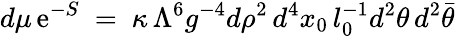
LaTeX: d\mu\, \mathrm{e}^{-S}~=~\kappa\, \Lambda^{6}g^{-4}d\rho^{2}\, d^{4}x_{0}\, l_{0}^{-1}d^{2}\theta\, d^{2}\bar{{\theta}}